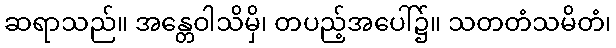
ဆရာသည်။ အန္တေဝါသိမှိ၊ တပည့်အပေါ်၌။ သတတံသမိတံ၊